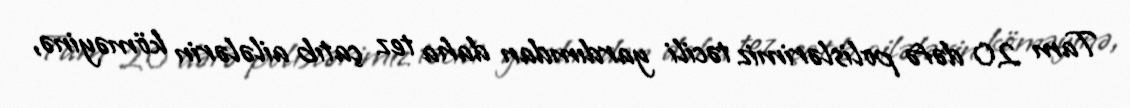
Tam 20 dəfə polislərimiz təcili yardımdan daha tez çatıb ailələrin köməyinə,